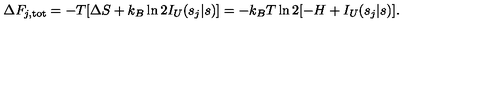
\Delta F _ { j , \mathrm { t o t } } = - T [ \Delta S + k _ { B } \ln 2 I _ { U } ( s _ { j } | s ) ] = - k _ { B } T \ln 2 [ - H + I _ { U } ( s _ { j } | s ) ] .